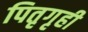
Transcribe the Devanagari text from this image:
पितृगृही